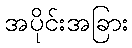
အပိုင်းအခြား